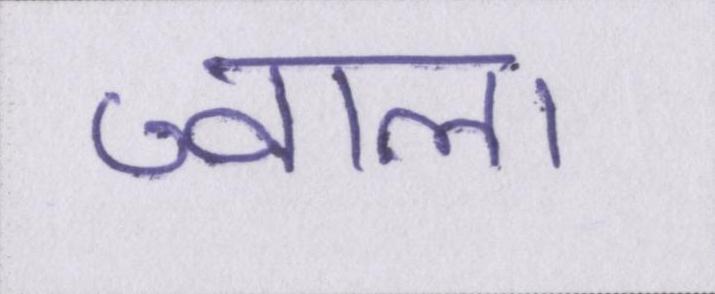
ज्वाला